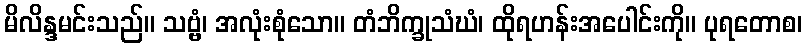
မိလိန္ဒမင်းသည်။ သဗ္ဗံ၊ အလုံးစုံသော။ တံဘိက္ခုသံဃံ၊ ထိုရဟန်းအပေါင်းကို။ ပုရတောစ၊